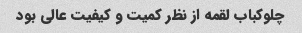
چلوکباب لقمه از نظر کمیت و کیفیت عالی بود